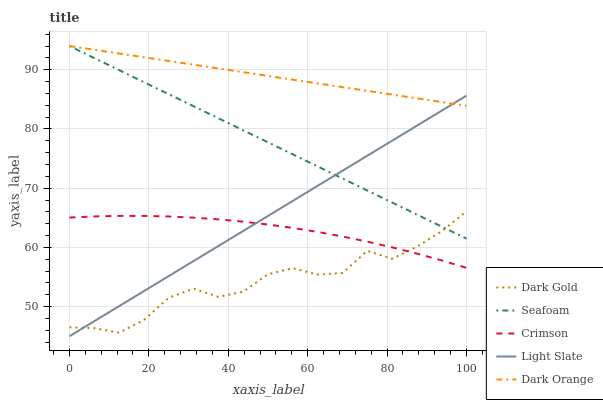
| xaxis_label | Dark Gold | Seafoam | Crimson | Light Slate | Dark Orange |
 | --- | --- | --- | --- | --- | --- |
 | 0 | 46.5 | 94 | 65 | 45 | 94 |
 | 6.25 | 46.4 | 92 | 65.2 | 47.5 | 93.4 |
 | 12.5 | 45.6 | 89.9 | 65.3 | 50.1 | 92.7 |
 | 18.8 | 47.7 | 87.9 | 65.3 | 52.6 | 92.1 |
 | 25 | 51.5 | 85.9 | 65.2 | 55.2 | 91.5 |
 | 31.2 | 53 | 83.8 | 65 | 57.7 | 90.8 |
 | 37.5 | 51.6 | 81.8 | 64.7 | 60.2 | 90.2 |
 | 43.8 | 52.5 | 79.8 | 64.3 | 62.8 | 89.6 |
 | 50 | 55.5 | 77.7 | 63.9 | 65.3 | 89 |
 | 56.2 | 56.5 | 75.7 | 63.3 | 67.8 | 88.3 |
 | 62.5 | 55.4 | 73.7 | 62.6 | 70.4 | 87.7 |
 | 68.8 | 55.7 | 71.6 | 61.8 | 72.9 | 87.1 |
 | 75 | 59.4 | 69.6 | 61 | 75.5 | 86.4 |
 | 81.2 | 58.1 | 67.6 | 60 | 78 | 85.8 |
 | 87.5 | 60.1 | 65.5 | 59 | 80.5 | 85.2 |
 | 93.8 | 62.7 | 63.5 | 57.8 | 83.1 | 84.5 |
 | 100 | 66.1 | 61.5 | 56.6 | 85.6 | 83.9 |